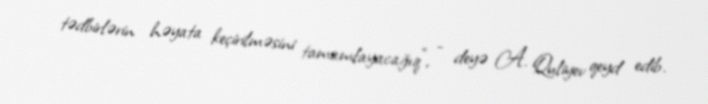
tədbirlərin həyata keçirilməsini tamamlayacağıq", - deyə A. Quliyev qeyd edib.